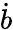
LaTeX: \dot{b}